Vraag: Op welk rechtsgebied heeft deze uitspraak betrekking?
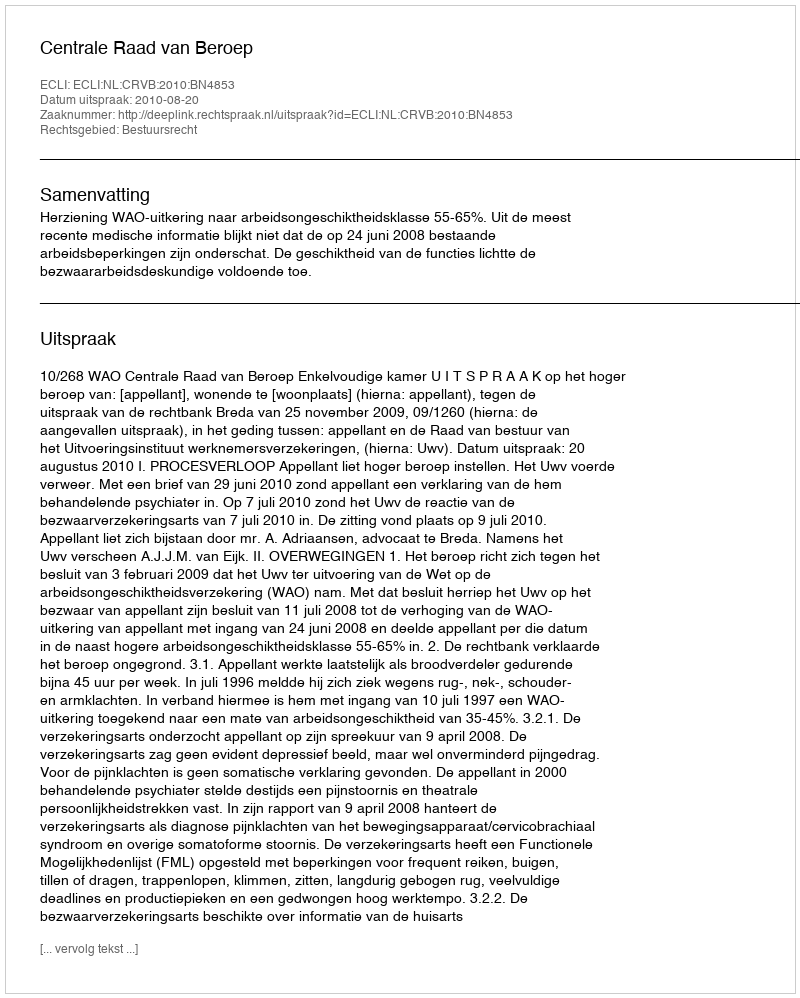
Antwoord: Bestuursrecht